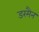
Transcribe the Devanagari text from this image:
डरमैन